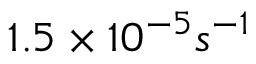
1 . 5 \times 1 0 ^ { - 5 } s ^ { - 1 }